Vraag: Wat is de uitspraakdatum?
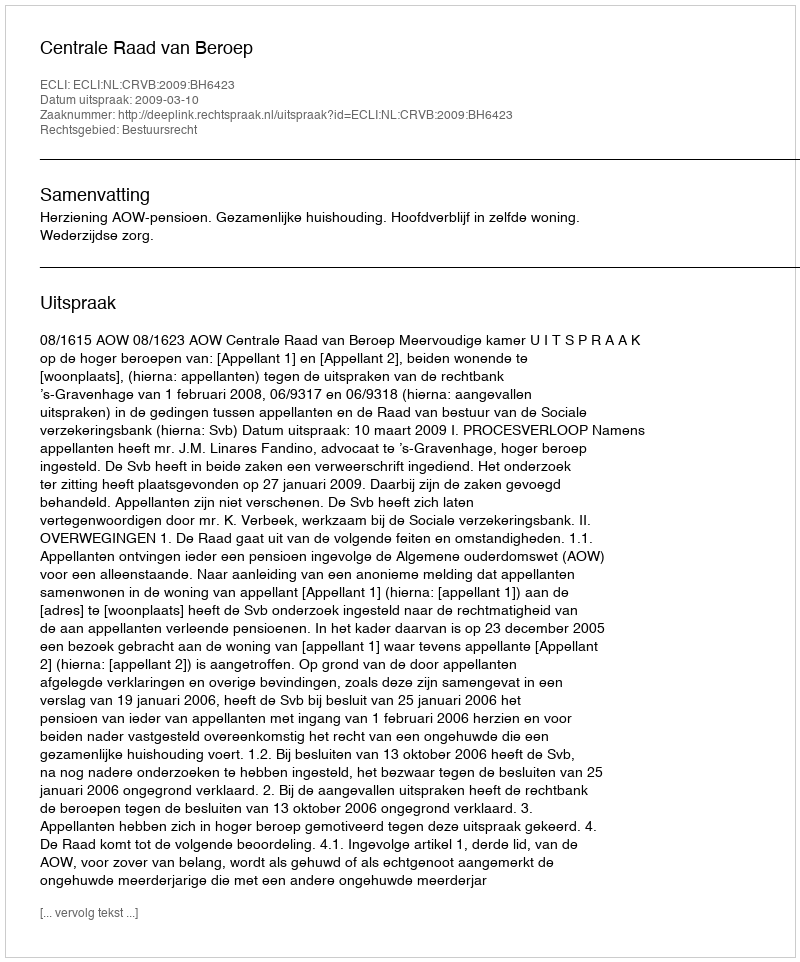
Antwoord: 2009-03-10